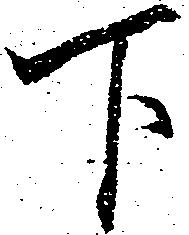
下